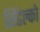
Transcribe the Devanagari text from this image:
सिडेल्को